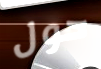
حول